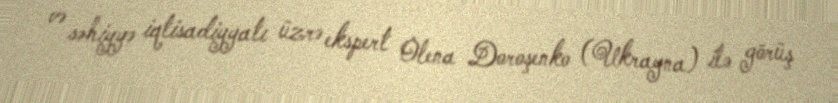
və səhiyyə iqtisadiyyatı üzrə ekspert Olena Doroşenko (Ukrayna) ilə görüş